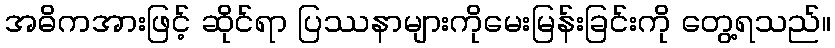
အဓိကအားဖြင့် ဆိုင်ရာ ပြဿနာများကိုမေးမြန်းခြင်းကို တွေ့ရသည်။